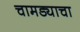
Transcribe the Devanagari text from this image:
चामड्याचा